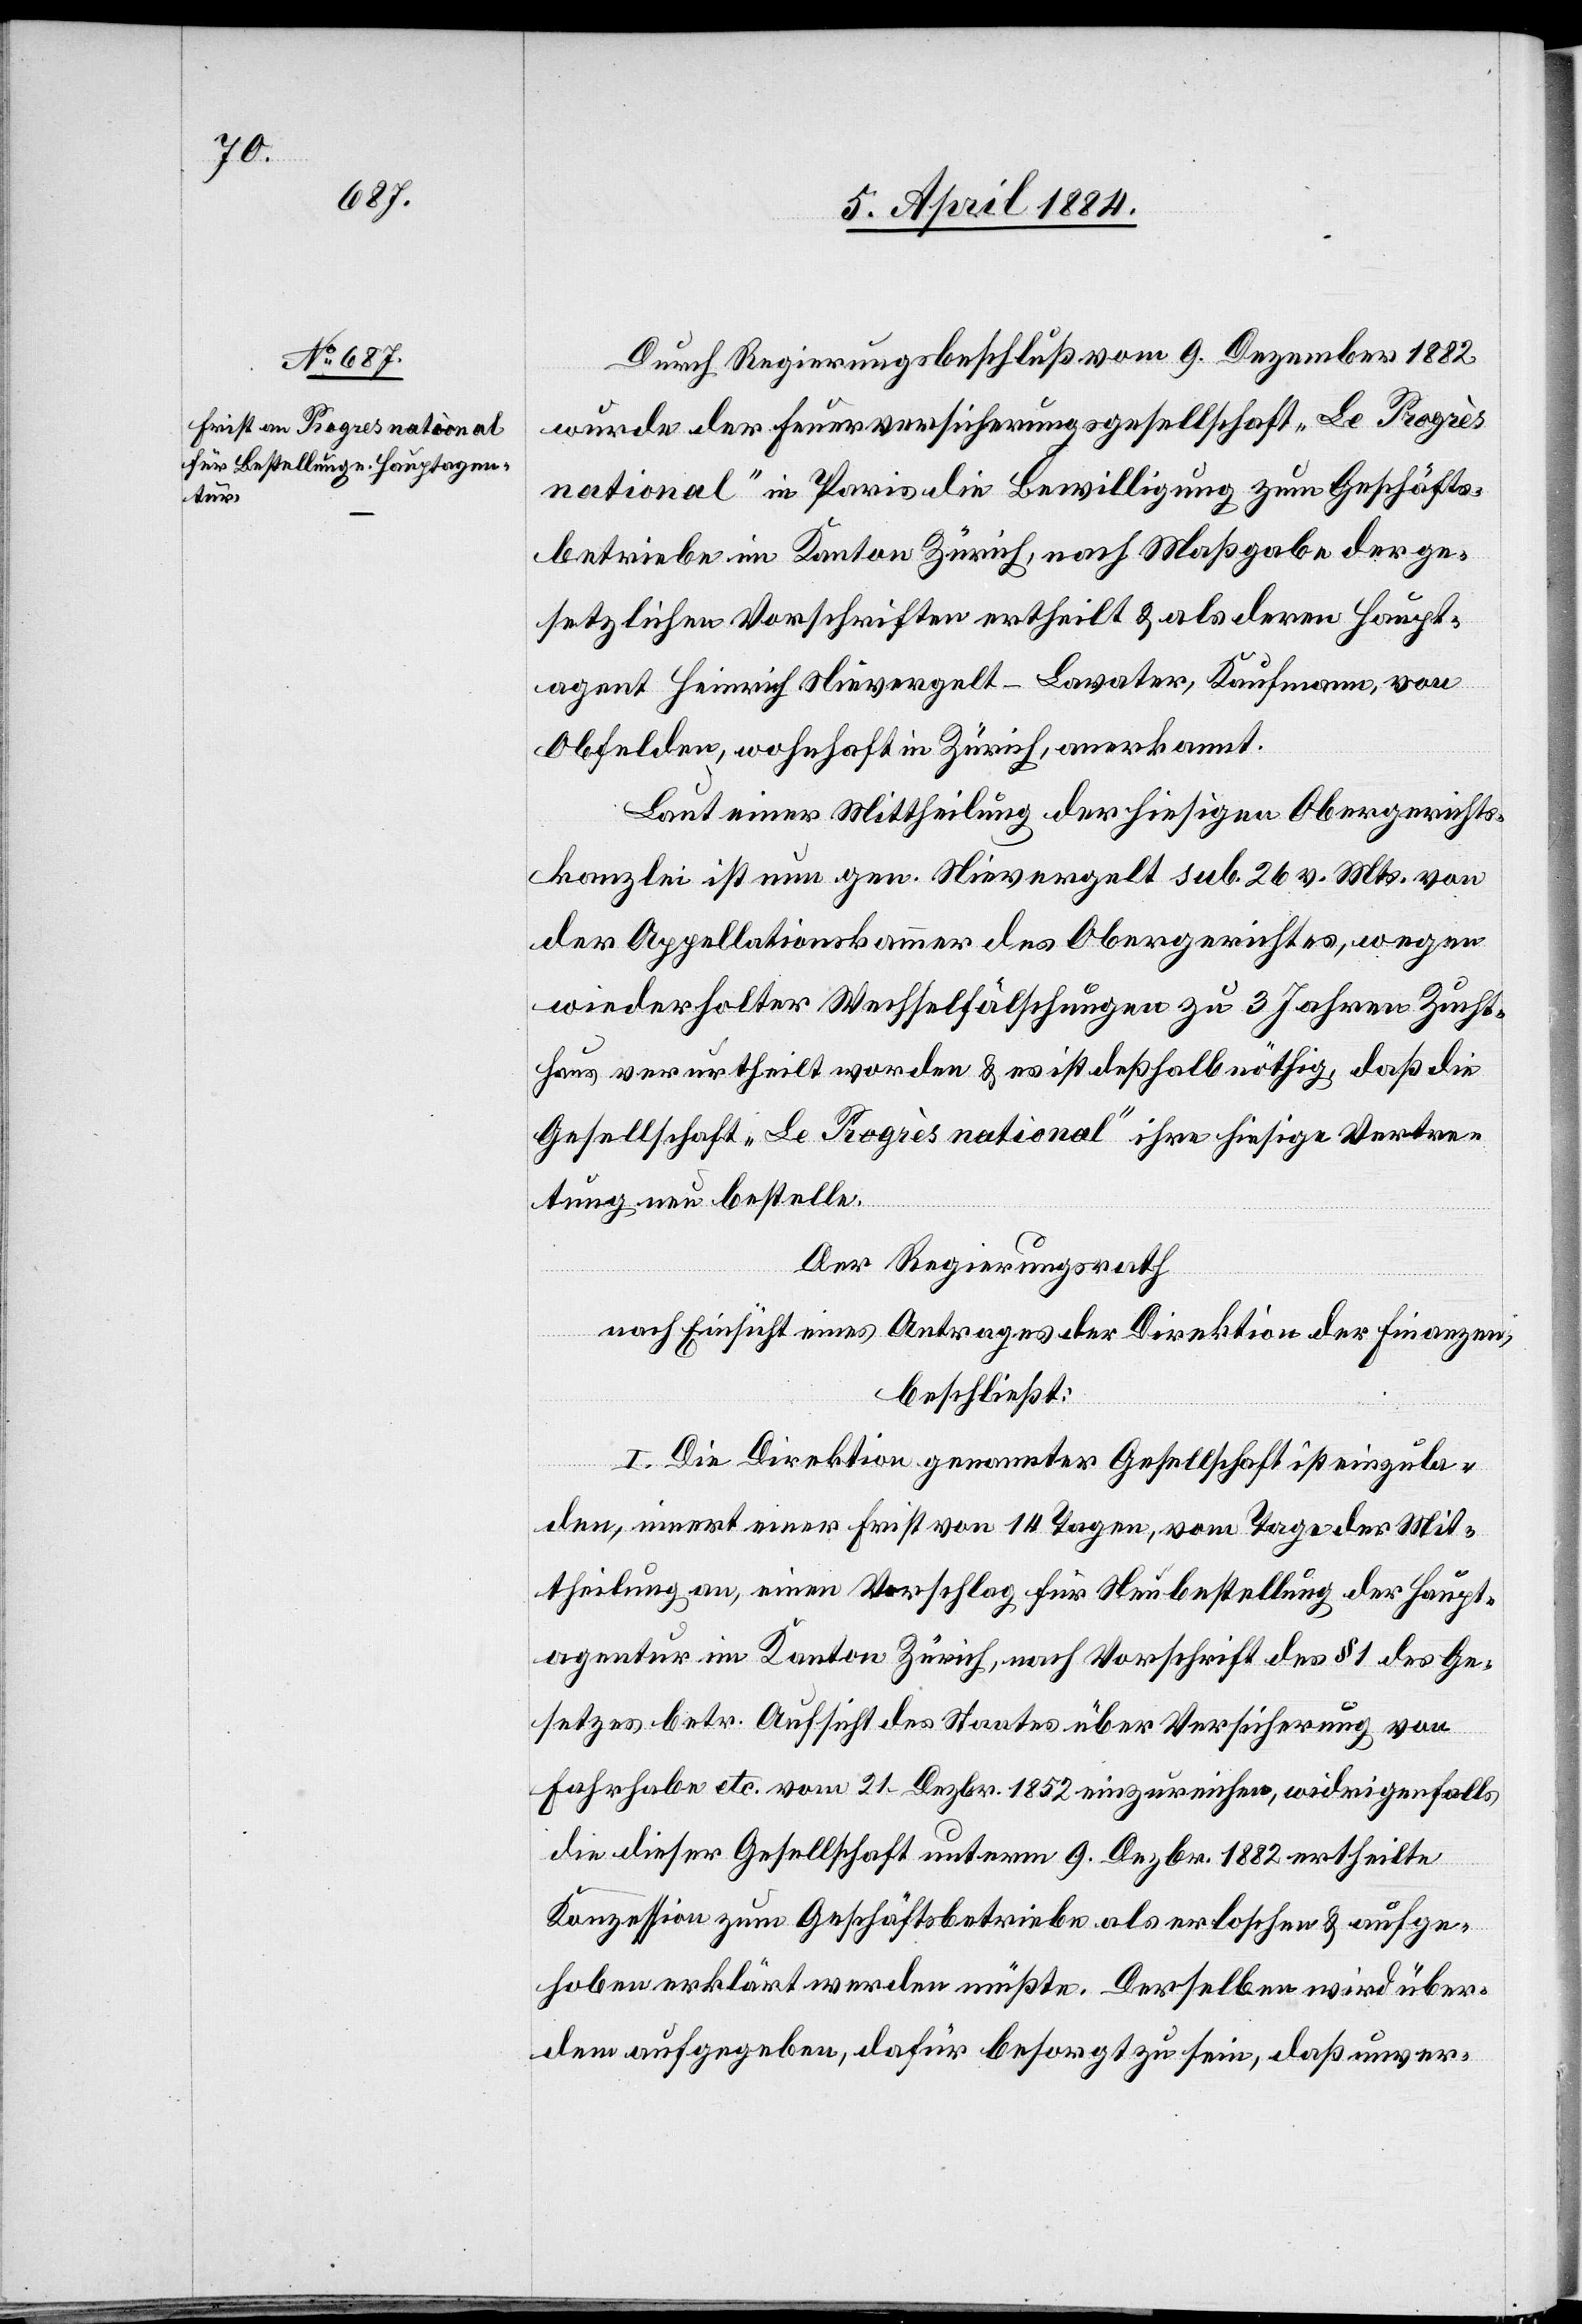
Durch Regierungsbeschluß vom 9. Dezember 1882
wurde der Feuerversicherungsgesellschaft „Le Progrès
national“ in Paris die Bewilligung zum Geschäfts¬
betriebe im Kanton Zürich, nach Maßgabe der ge¬
setzlichen Vorschriften ertheilt & als deren Haupt¬
agent Heinrich Nievergelt-Lavater, Kaufmann, von
Obfelden, wohnhaft in Zürich, anerkannt.
Laut einer Mittheilung der hiesigen Obergerichts¬
kanzlei ist nun gen. Nievergelt sub. 26 v. Mts. von
der Appellationskammer des Obergerichtes, wegen
wiederholter Wechselfälschungen zu 3 Jahren Zucht¬
haus verurtheilt worden & es ist deßhalb nöthig, daß die
Gesellschaft „Le Progrès national“ ihre hiesige Vertre¬
tung neu bestelle.
Der Regierungsrath
nach Einsicht eines Antrages der Direktion der Finanzen,
beschließt:
I. Die Direktion genannter Gesellschaft ist einzula¬
den, innert einer Frist von 14 Tagen, vom Tage der Mit¬
theilung an, einen Vorschlag für Neubestellung der Haupt¬
agentur im Kanton Zürich, nach Vorschrift des § 1 des Ge¬
setzes betr. Aufsicht des Staates über Versicherung von
Fahrhabe etc. vom 21. Dezbr. 1852 einzureichen, widrigenfalls
die dieser Gesellschaft unterm 9. Dezbr. 1882 ertheilte
Konzession zum Geschäftsbetriebe als erloschen & aufge¬
hoben erklärt werden müßte. Derselben wird über¬
dem aufgegeben, dafür besorgt zu sein, daß unver-